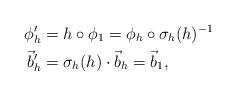
LaTeX: \begin{align*}\phi'_{h}&=h\circ \phi_{1}=\phi_{h}\circ \sigma_{h}(h)^{-1}\\\vec b'_{h}&=\sigma_{h}(h)\cdot \vec b_{h}=\vec b_{1},\end{align*}